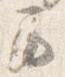
馬